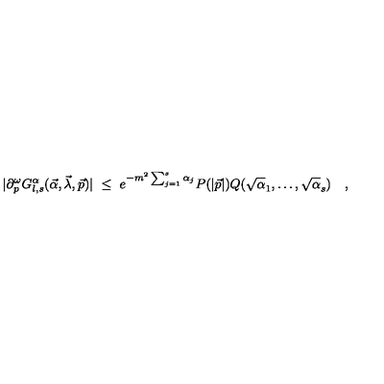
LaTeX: \vert \partial _ { p } ^ { \omega } G _ { l , s } ^ { \alpha } ( \vec { \alpha } , \vec { \lambda } , \vec { p } ) \vert \ \leq \ e ^ { - m ^ { 2 } \sum _ { j = 1 } ^ { s } \alpha _ { j } } P ( \vert \vec { p } \vert ) Q ( \sqrt \alpha _ { 1 } , \ldots , \sqrt \alpha _ { s } ) \quad ,